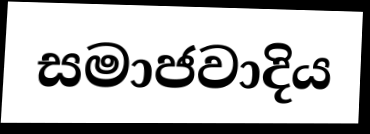
සමාජවාදිය